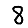
Digit: 8